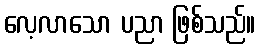
လေ့လာသော ပညာ ဖြစ်သည်။